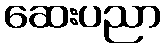
ဆေးပညာ